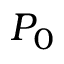
P _ { 0 }